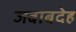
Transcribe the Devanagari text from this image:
जबाबदेह